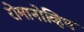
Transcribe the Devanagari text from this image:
रोमानोव्हिच